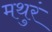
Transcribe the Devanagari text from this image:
मथुरं